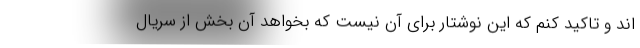
اند و تاکيد کنم که اين نوشتار براي آن نيست که بخواهد آن بخش از سريال